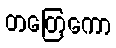
တတြေကော